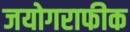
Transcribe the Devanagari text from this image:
जयोगराफीक